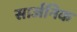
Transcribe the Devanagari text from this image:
सार्जनिक